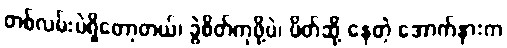
တစ်လမ်းပဲရှိတော့တယ်၊ ခွဲစိတ်ကုဖို့ပဲ၊ ပိတ်ဆို့ နေတဲ့ အောက်နားက